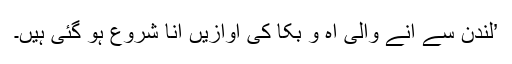
’لندن سے آنے والی آہ و بکا کی آوازیں آنا شروع ہو گئی ہیں۔